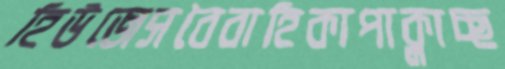
হিউজেসবৈবাহিকাপাক্‌লাচ্ছ